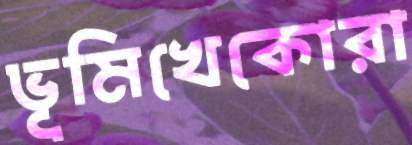
ভূমিখেকোরা